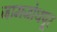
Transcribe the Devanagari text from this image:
जामजोधपूर